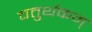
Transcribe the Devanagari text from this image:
चतुर्थकम्